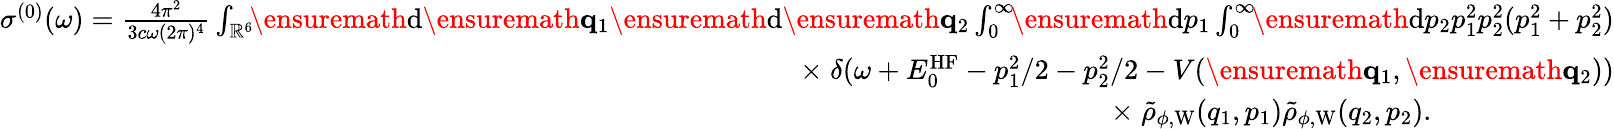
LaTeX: \begin{array}{r}{\sigma^{(0)}(\omega)=\frac{4\pi^{2}}{3c\omega(2\pi)^{4}}\int_{\mathbb{R}^{6}}\! \! \ensuremath{\mathrm{d}}\ensuremath{\mathbf{q}}_{1}\ensuremath{\mathrm{d}}\ensuremath{\mathbf{q}}_{2}\int_{0}^{\infty}\! \! \ensuremath{\mathrm{d}}p_{1}\int_{0}^{\infty}\! \! \ensuremath{\mathrm{d}}p_{2}p_{1}^{2}p_{2}^{2}(p_{1}^{2}+p_{2}^{2})}\\ {\times\; \delta(\omega+E_{0}^{\mathrm{HF}}-p_{1}^{2}/2-p_{2}^{2}/2-V(\ensuremath{\mathbf{q}}_{1},\ensuremath{\mathbf{q}}_{2}))}\\ {\times\; \tilde{\rho}_{\phi,\mathrm{W}}(q_{1},p_{1})\tilde{\rho}_{\phi,\mathrm{W}}(q_{2},p_{2}).\phantom{xxxxxxxxxxx}}\end{array}